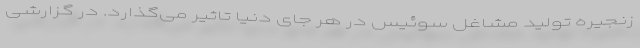
زنجیره تولید مشاغل سوئیس در هر جای دنیا تاثیر می‌گذارد. در گزارشی